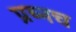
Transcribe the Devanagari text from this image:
प्रष्नच